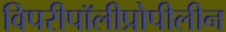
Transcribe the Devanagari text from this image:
विपरीपॉलीप्रोपीलीन